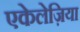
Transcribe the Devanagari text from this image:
एकेलेज़िया